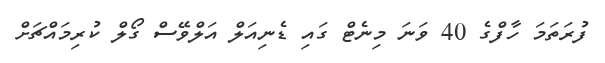
ފުރަތަމަ ހާފްގެ 40 ވަނަ މިނެޓް ގައި ޑެނިއަލް އަލްވޭސް ގޯލް ކުރިމައްޗަށް